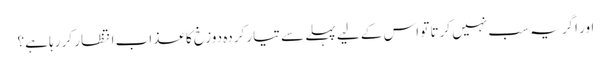
اور اگر یہ سب نہیں کرتا تو اس کے لیے پہلے سے تیار کردہ دوزخ کا عذاب انتظار کر رہا ہے؟